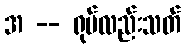
အ -- ရုပ်လည်းသတ်